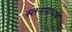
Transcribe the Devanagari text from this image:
स्तनाग्रांच्या